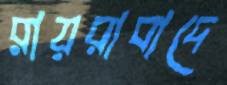
রায়রাবাদে